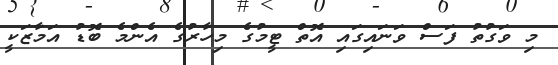
މި ވަގުތު ފަސް ވަނައިގައި އޮތް ޓީމުގެ މިހާރުގެ އެންމެ ބޮޑު އަމާޒަކީ